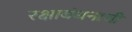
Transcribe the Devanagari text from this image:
रक्षाबंधनाची